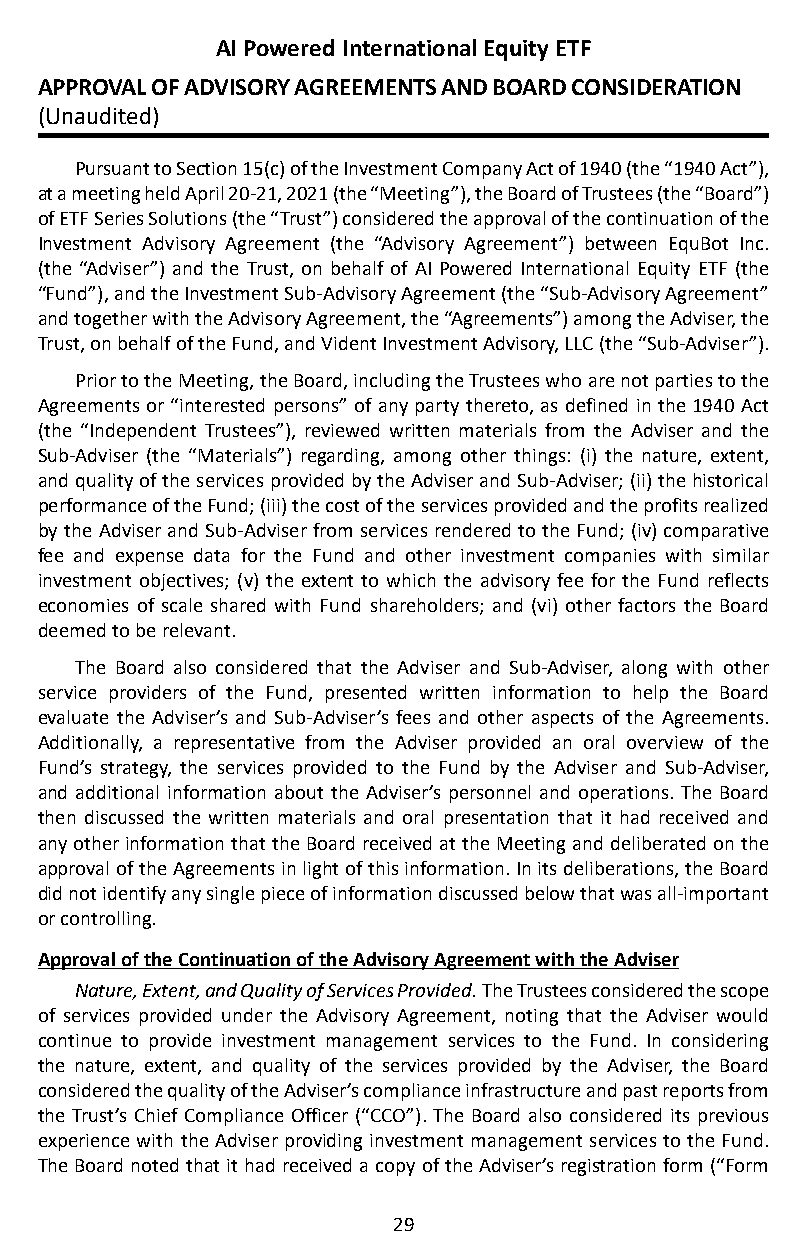
AI Powered International Equity ETF
 APPROVAL OF ADVISORY AGREEMENTS AND BOARD CONSIDERATION
 (Unaudited)
 Pursuant to Section 15(c) of the Investment Company Act of 1940 (the “1940 Act”),
 at a meeting held April 20-21, 2021 (the “Meeting”), the Board of Trustees (the “Board”)
 of ETF Series Solutions (the “Trust”) considered the approval of the continuation of the
 Investment Advisory Agreement (the “Advisory Agreement”) between EquBot Inc�
 (the “Adviser”) and the Trust, on behalf of AI Powered International Equity ETF (the
 “Fund”), and the Investment Sub-Advisory Agreement (the “Sub-Advisory Agreement”
 and together with the Advisory Agreement, the “Agreements”) among the Adviser, the
 Trust, on behalf of the Fund, and Vident Investment Advisory, LLC (the “Sub-Adviser”)�
 Prior to the Meeting, the Board, including the Trustees who are not parties to the
 Agreements or “interested persons” of any party thereto, as defined in the 1940 Act
 (the “Independent Trustees”), reviewed written materials from the Adviser and the
 Sub-Adviser (the “Materials”) regarding, among other things: (i) the nature, extent,
 and quality of the services provided by the Adviser and Sub-Adviser; (ii) the historical
 performance of the Fund; (iii) the cost of the services provided and the profits realized
 by the Adviser and Sub-Adviser from services rendered to the Fund; (iv) comparative
 fee and expense data for the Fund and other investment companies with similar
 investment objectives; (v) the extent to which the advisory fee for the Fund reflects
 economies of scale shared with Fund shareholders; and (vi) other factors the Board
 deemed to be relevant�
 The Board also considered that the Adviser and Sub-Adviser, along with other
 service providers of the Fund, presented written information to help the Board
 evaluate the Adviser’s and Sub-Adviser’s fees and other aspects of the Agreements�
 Additionally, a representative from the Adviser provided an oral overview of the
 Fund’s strategy, the services provided to the Fund by the Adviser and Sub-Adviser,
 and additional information about the Adviser’s personnel and operations� The Board
 then discussed the written materials and oral presentation that it had received and
 any other information that the Board received at the Meeting and deliberated on the
 approval of the Agreements in light of this information� In its deliberations, the Board
 did not identify any single piece of information discussed below that was all-important
 or controlling�
 Approval of the Continuation of the Advisory Agreement with the Adviser
 Nature, Extent, and Quality of Services Provided. The Trustees considered the scope
 of services provided under the Advisory Agreement, noting that the Adviser would
 continue to provide investment management services to the Fund� In considering
 the nature, extent, and quality of the services provided by the Adviser, the Board
 considered the quality of the Adviser’s compliance infrastructure and past reports from
 the Trust’s Chief Compliance Officer (“CCO”)� The Board also considered its previous
 experience with the Adviser providing investment management services to the Fund�
 The Board noted that it had received a copy of the Adviser’s registration form (“Form
 29